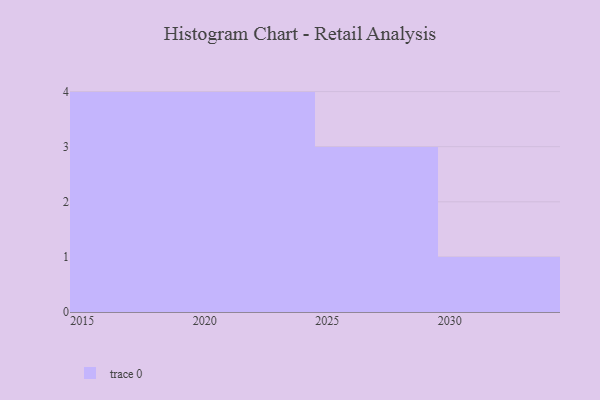
{"axis": {"x": "Year", "y": "Conversion Rate (%)"}, "legend": [""], "data": [{"x": "2029", "y": 34, "type": ""}, {"x": "2025", "y": 37, "type": ""}, {"x": "2016", "y": 93, "type": ""}, {"x": "2020", "y": 67, "type": ""}, {"x": "2028", "y": 78, "type": ""}, {"x": "2015", "y": 87, "type": ""}, {"x": "2018", "y": 34, "type": ""}, {"x": "2019", "y": 82, "type": ""}, {"x": "2024", "y": 59, "type": ""}, {"x": "2021", "y": 66, "type": ""}, {"x": "2030", "y": 8, "type": ""}, {"x": "2023", "y": 46, "type": ""}]}